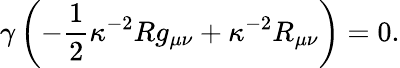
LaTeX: \gamma\left(-{\frac{1}{2}}\kappa^{-2}Rg_{\mu\nu}+\kappa^{-2}R_{\mu\nu}\right)=0.